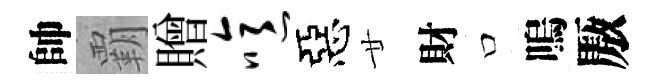
帥覇贈噫惡廿財口嗚厫